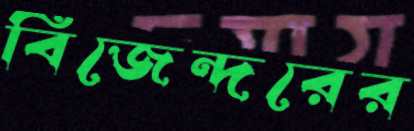
বিজেন্দরের